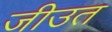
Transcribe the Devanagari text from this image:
जीउत